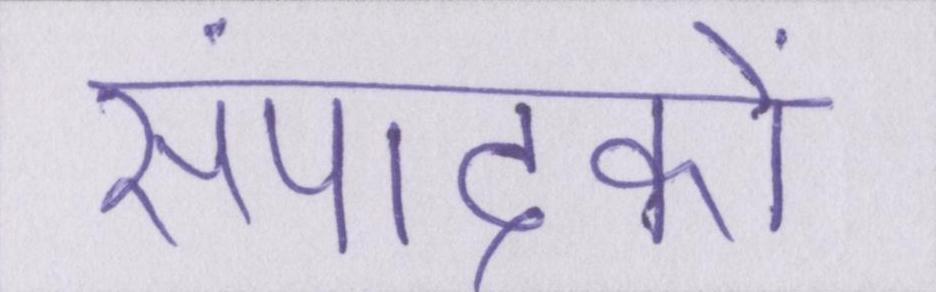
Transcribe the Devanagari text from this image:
संपादकों